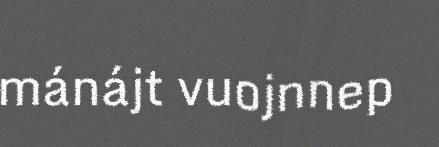
mánájt vuojnnep